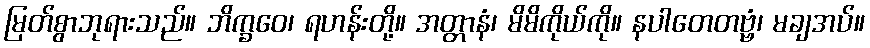
မြတ်စွာဘုရားသည်။ ဘိက္ခဝေ၊ ရဟန်းတို့။ အတ္တာနံ၊ မိမိကိုယ်ကို။ နပါတေတဗ္ဗံ၊ မချအပ်။